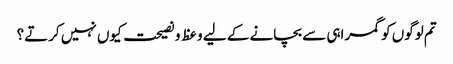
تم لوگوں کو گمراہی سے بچانے کے لیے وعظ و نصیحت کیوں نہیں کرتے؟